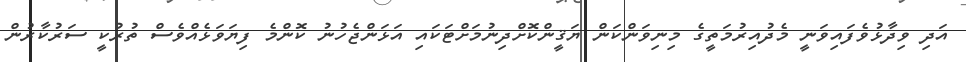
އަދި ވިދާޅުވެފައިވަނީ މެދުއިރުމަތީގެ މިނިވަންކަން ޔަޤީންކޮށްދިނުމަށްޓަކައި އަޅަންޖެހުނު ކޮންމެ ފިޔަވަޅެއްވެސް ތުރުކީ ސަރުކާރުން